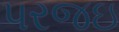
પરજઇ